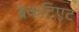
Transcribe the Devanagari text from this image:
ब्रेकटिएट